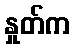
နှုတ်က